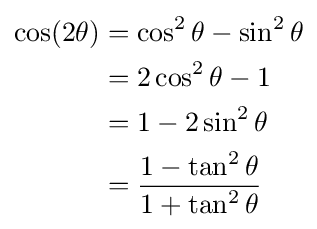
{\begin{aligned}\cos(2\theta )&=\cos ^{2}\theta -\sin ^{2}\theta \\&=2\cos ^{2}\theta -1\\&=1-2\sin ^{2}\theta \\&={\frac {1-\tan ^{2}\theta }{1+\tan ^{2}\theta }}\end{aligned}}